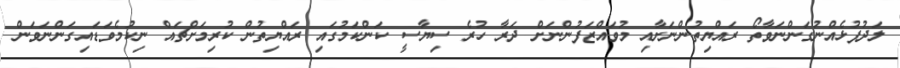
ލަދުފުޅެއްނުގަންނަވާތޯ ރައްޔިތުންނަށާއި މުވައްޒަފުންނަށް ދަރާ ހުރެ ސިޔާސީ ކަންކަމުގައި ރައްޔިތުން ކުރިމަށްޗައް ނިކުމެވަޑައިގަންނަވަން